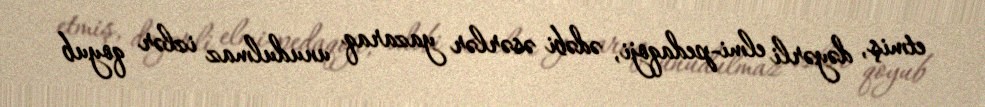
etmiş, dəyərli elmi-pedaqoji, ədəbi əsərlər yazaraq unudulmaz izlər qoyub